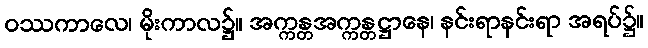
ဝဿကာလေ၊ မိုးကာလ၌။ အက္ကန္တအက္ကန္တဋ္ဌာနေ၊ နင်းရာနင်းရာ အရပ်၌။